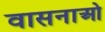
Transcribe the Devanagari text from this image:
वासनाओ